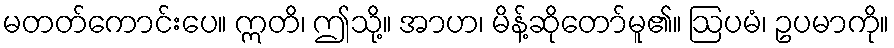
မတတ်ကောင်းပေ။ ဣတိ၊ ဤသို့။ အာဟ၊ မိန့်ဆိုတော်မူ၏။ ဩပမံ၊ ဥပမာကို။